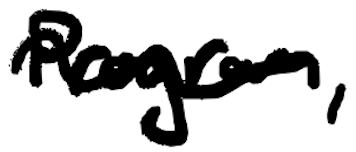
Text: Program,
Cross-out: wave
Writing tool: digital_black